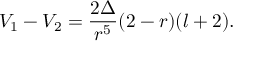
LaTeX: V _ { 1 } - V _ { 2 } = \frac { 2 \Delta } { r ^ { 5 } } ( 2 - r ) ( l + 2 ) .